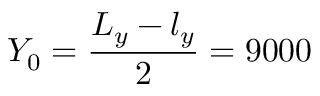
Y _ { 0 } = \frac { L _ { y } - l _ { y } } { 2 } = 9 0 0 0